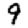
Digit: 9